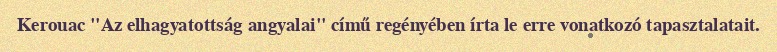
Kerouac "Az elhagyatottság angyalai" című regényében írta le erre vonatkozó tapasztalatait.